Annual report of the Punjab Veterinary College and of the Civil Veterinary Department, Punjab - 1909-1919
Year: 1909
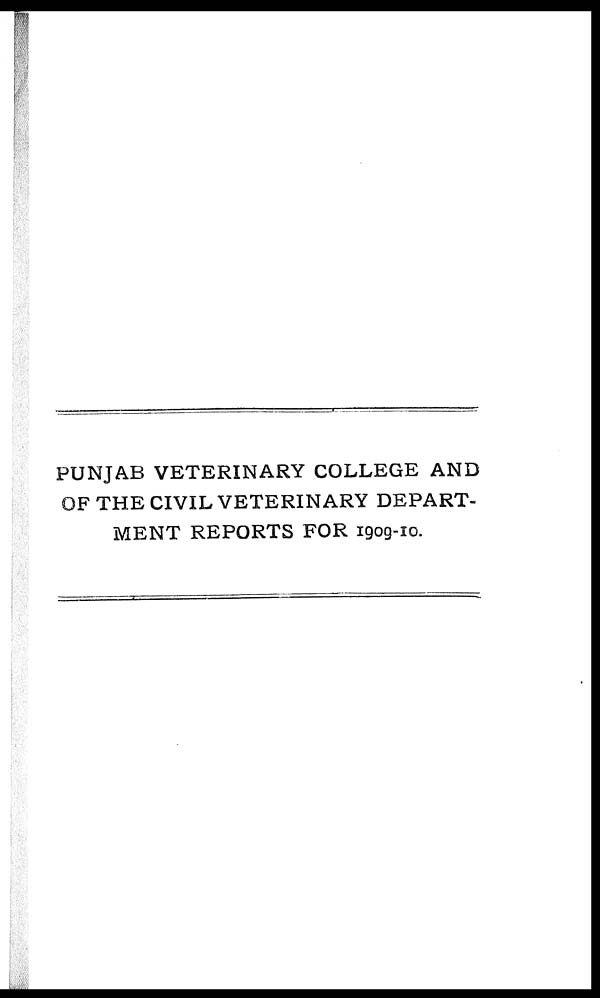
PUNJAB VETERINARY COLLEGE AND
OF THE CIVIL VETERINARY DEPART-
MENT REPORTS FOR 1909-10.